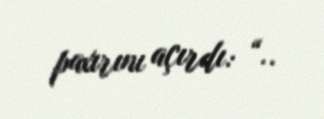
paxırını açırdı: “..